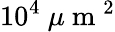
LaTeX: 10^{4}\mathrm{~}\mu\mathrm{~m~}^{2}